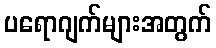
ပရောဂျက်များအတွက်